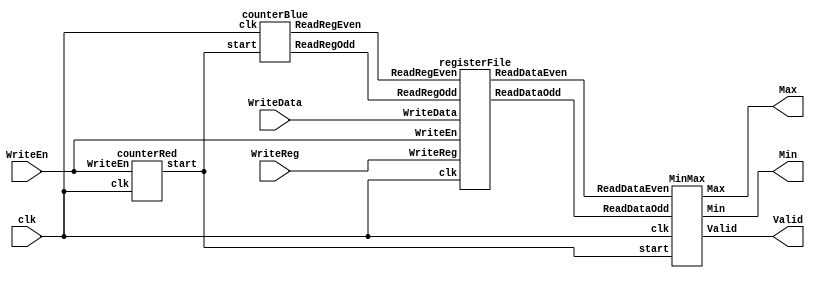
module MinMaxFinder(
clk,
WriteEn,
WriteReg,
WriteData,
Max,
Min,
Valid);

  input clk;
  input WriteEn;
  input [2:0] WriteReg;
  input [15:0] WriteData;
  output [15:0] Max;
  output [15:0] Min;
  output Valid;
  
  wire start;
  wire [2:0] ReadRegEven, ReadRegOdd;
  wire [15:0] ReadDataEven, ReadDataOdd;
  
  registerFile RF(clk, WriteEn, WriteReg, WriteData, ReadRegEven, ReadRegOdd, ReadDataEven, ReadDataOdd);
  counterRed CR(clk, WriteEn, start);
  counterBlue CB(clk, start, ReadRegEven, ReadRegOdd);
  MinMax minmax_find(clk, start, ReadDataEven, ReadDataOdd, Min, Max, Valid);
endmodule


module registerFile(//8x16bit
clk,
WriteEn, 
WriteReg, 
WriteData, 
ReadRegEven, ReadRegOdd, 
ReadDataEven, ReadDataOdd);

  input clk;
  input WriteEn;
  input [2:0] WriteReg;
  input [15:0] WriteData;
  input [2:0] ReadRegEven, ReadRegOdd;
  output [15:0] ReadDataEven, ReadDataOdd;
  
  reg [15:0] reg_file [0:7];

  assign ReadDataEven = reg_file[ReadRegEven];
  assign ReadDataOdd = reg_file[ReadRegOdd];
  
  always @(posedge clk)
  begin : MEM_WRITE
    if(WriteEn) reg_file[WriteReg] <= WriteData;
  end
 
endmodule


module counterRed(clk, WriteEn, start);
  input clk;
  input WriteEn;
  output reg start;
  
  reg [3:0] countRed;
  
  always @ (posedge clk) begin
    if(!WriteEn) begin//WriteEn 0
      countRed <= 4'b0000;//countRed 0 
      start <= 1'b0;//start 0 
    end
    else begin//WriteEn 1
      if(countRed == 4'b1000) start <= 1'b1;//countRed 8 start 1
                                            //countRed  
      else countRed <= countRed + 1;//countRed 8 ,  8 
                                    //countRed 1, start  
    end
  end//always
endmodule


module counterBlue(clk, start, ReadRegEven, ReadRegOdd);
  input clk;
  input start;
  output reg [2:0] ReadRegEven;
  output reg [2:0] ReadRegOdd;
  
  always @ (posedge clk) begin
    if(!start) begin
      ReadRegEven <= 3'b000;
      ReadRegOdd <= 3'b001;
    end
    else begin//start 1 
      if(ReadRegEven < 6) ReadRegEven <= ReadRegEven + 2; //ReadRegEven 6  2 
                                                           //6   
      if(ReadRegOdd < 7) ReadRegOdd <= ReadRegOdd + 2; //ReadRegOdd 7  2 
                                                        //7   
    end
  end
endmodule


module MinMax(clk, start, ReadDataEven, ReadDataOdd, Min, Max, Valid);
  input clk;
  input start;
  input [15:0] ReadDataEven;
  input [15:0] ReadDataOdd;
  output reg [15:0] Min, Max;//   
  output reg Valid;
  
  reg [15:0] min_even, max_even;//  , 
  reg [15:0] min_odd, max_odd;//  , 
  reg [15:0] Min_store, Max_store;//    
  reg [2:0] countNum;//   count  
  
  always @(posedge clk) begin
    if(!start) begin//start 0
      min_even <= {16{1'b1}};//      
                             //      min_even 
      max_even <= 16'b0;//      
                        //      max_even 
      min_odd <= {16{1'b1}};
      max_odd <= 16'b0;
    end
      else begin//if(start)
        if(min_even > ReadDataEven) min_even <= ReadDataEven;
        //min_even ReadDataEven  min_even ReadDataEven     min_even  
                                                         
        if(ReadDataEven > max_even) max_even <= ReadDataEven;
        //ReadDataEven max_even  max_even ReadDataEven     max_even  
          
        if(min_odd > ReadDataOdd) min_odd <= ReadDataOdd;
        if(ReadDataOdd > max_odd) max_odd <= ReadDataOdd;
      end//else
  end//always
  
  always @(posedge clk) begin
    if(start) begin
        if(min_even > min_odd) Min_store <= min_odd;
          //min_even min_odd  Min_store min_odd
        else Min_store <= min_even;//min_even min_odd   Min_store min_odd
        if(max_even > max_odd) Max_store <= max_even;
        else Max_store <= max_odd;
    end//if(start)
  end//always
  
  always @(posedge clk) begin
    if(!start) begin//start 0   
      countNum <= 3'b0; 
      Valid <= 1'b0;
      Min <= 16'b0;
      Max <= 16'b0;
    end
    else begin//if(start)
      if(countNum == 3'b101) begin//countNum 4+1  Min, Max 
                                  //clock    .
        Min <= Min_store;//  Min_store Min 
        Max <= Max_store;
        Valid <= 1'b1;//Valid 1
      end
      else  countNum <= countNum + 1;//countNum 4+1  
                                     // 5  Min, Max 
    end//if(start)
  end//always
endmodule